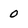
Character: o